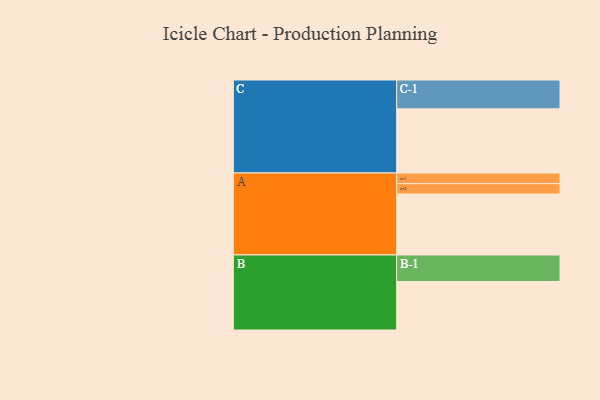
{"axis": {"x": "Segment", "y": "Value"}, "legend": ["", "A", "B", "C"], "data": [{"x": "A", "y": 515, "type": ""}, {"x": "B", "y": 410, "type": ""}, {"x": "C", "y": 542, "type": ""}, {"x": "A-1", "y": 90, "type": "A"}, {"x": "A-2", "y": 88, "type": "A"}, {"x": "B-1", "y": 224, "type": "B"}, {"x": "C-1", "y": 244, "type": "C"}]}